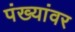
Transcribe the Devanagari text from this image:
पंख्यांवर